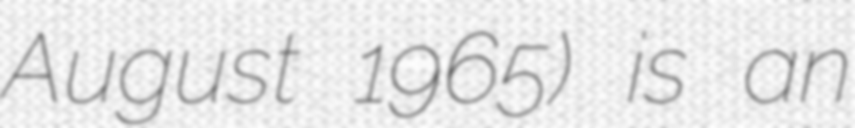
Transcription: August 1965) is an